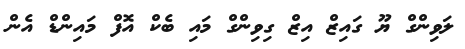
ލަވިންގް ޔޫ ގައިޒް އިޒް ގިވިންގް މައި ބެކް އޮފް މައިންޑް އެން